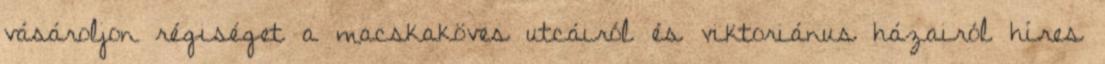
vásároljon régiséget a macskaköves utcáiról és viktoriánus házairól híres